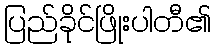
ပြည်ခိုင်ဖြိုးပါတီ၏